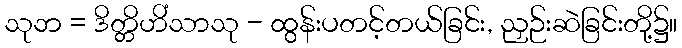
သုဘ = ဒိတ္တိဟိံသာသု - ထွန်းပတင့်တယ်ခြင်း, ညှဉ်းဆဲခြင်းတို့၌။